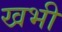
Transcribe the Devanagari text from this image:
खभी